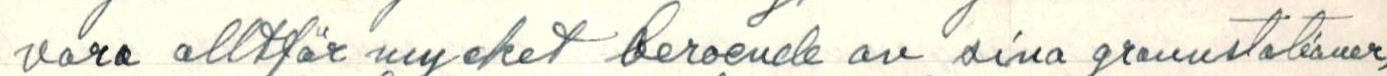
vara allför mycket beroende av sina grannstationer,